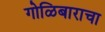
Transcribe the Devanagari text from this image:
गोळिबाराचा